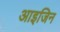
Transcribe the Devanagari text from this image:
आइजिन